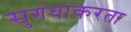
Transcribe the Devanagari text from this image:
सुगंधाकरता